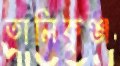
তালিকুঞ্জ